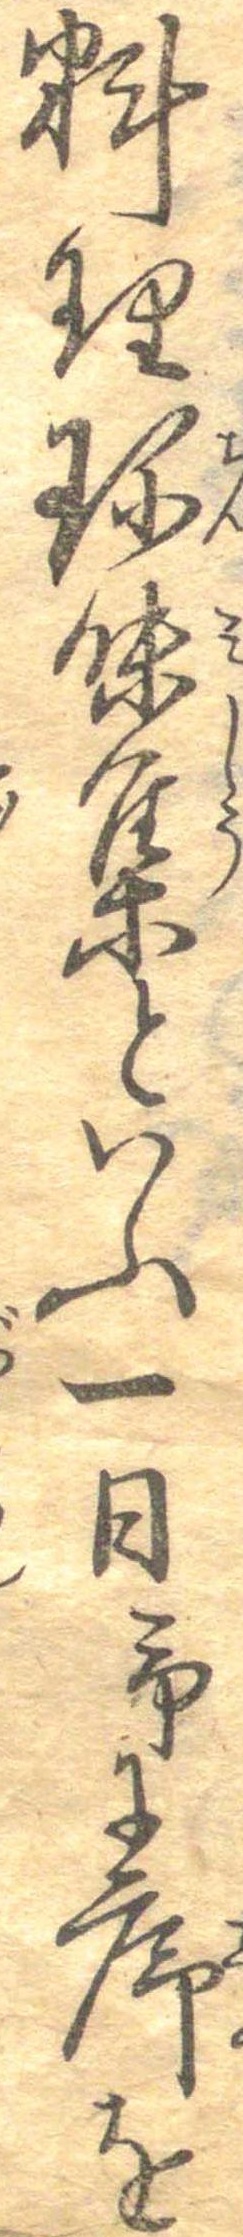
料理珍味集といふ一日予に序を